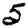
Digit: 5